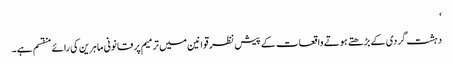
‘
دہشت گردی کے بڑھتے ہوتے واقعات کے پیش نظر قوانین میں ترمیم پر قانونی ماہرین کی رائے منقسم ہے۔